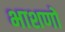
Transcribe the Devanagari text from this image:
भाशणों